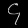
Digit: ၄